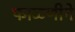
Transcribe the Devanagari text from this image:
फाळणीने